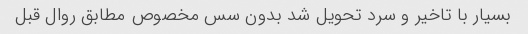
بسیار با تاخیر و سرد تحویل شد بدون سس مخصوص مطابق روال قبل